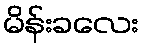
မိန်းခလေး